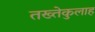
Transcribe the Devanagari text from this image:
तख्तेकुलाह